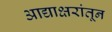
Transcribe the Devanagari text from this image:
आद्याक्षरांतून